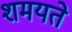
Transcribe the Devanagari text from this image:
शमयते